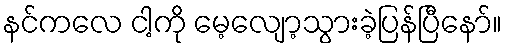
နင်ကလေ ငါ့ကို မေ့လျော့သွားခဲ့ပြန်ပြီနော်။